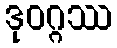
ဒုဝဂ္ဂဿ